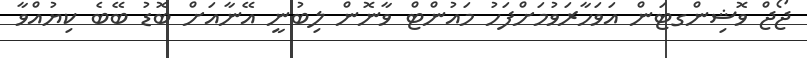
ޖޯޖް ވޮޝިންގޓަން އަވަހާރަވުމަށްފަހު މައުންޓް ވާނޮން ލިބުނީ އޭނާއަށް ބޮޑު ބޭބެ ކިޔުއްވާ